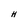
Character: H